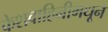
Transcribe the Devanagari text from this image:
केशवाहिनीमधून